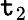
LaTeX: \mathtt{t}_{2}